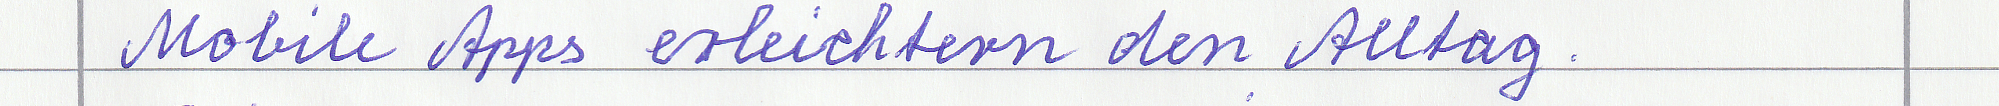
Mobile Apps erleichtern den Alltag.